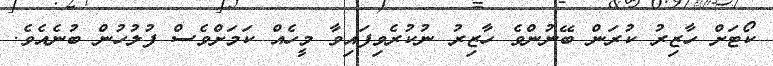
ކޯޓަށް ހާޒިރު ކުރަން ބޭނުންވެ ހާޒިރު ނުކުރެވިފައިވާ މީހެއް ކަމަށްވެސް ފުލުހުން ބުނެއެވެ.